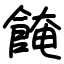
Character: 餣